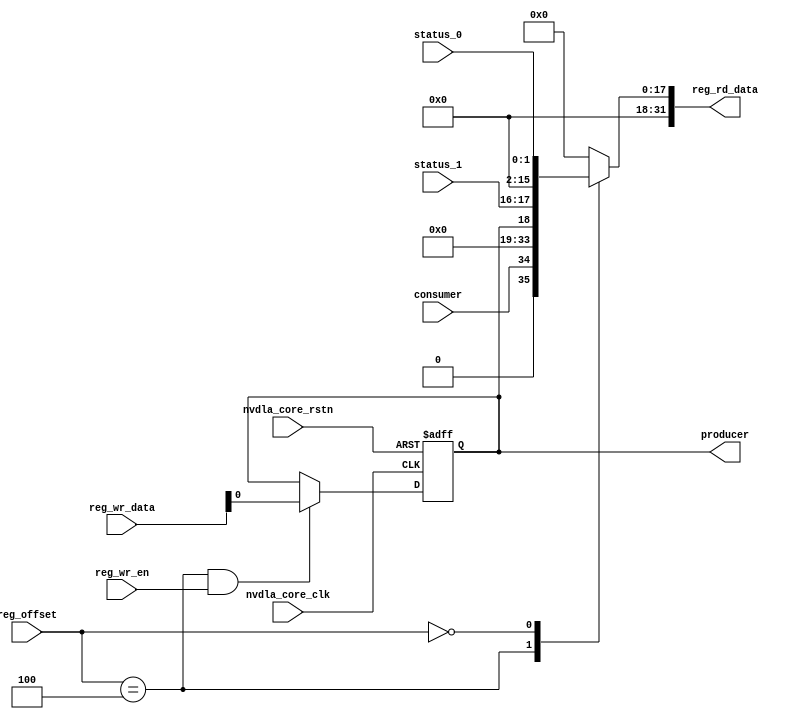
// This program was cloned from: https://github.com/TILOS-AI-Institute/MacroPlacement
// License: BSD 3-Clause "New" or "Revised" License

// ================================================================
// NVDLA Open Source Project
//
// Copyright(c) 2016 - 2017 NVIDIA Corporation. Licensed under the
// NVDLA Open Hardware License; Check "LICENSE" which comes with
// this distribution for more information.
// ================================================================
module NV_NVDLA_RUBIK_single_reg (
   reg_rd_data
  ,reg_offset
// verilint 498 off
// leda UNUSED_DEC off
  ,reg_wr_data
// verilint 498 on
// leda UNUSED_DEC on
  ,reg_wr_en
  ,nvdla_core_clk
  ,nvdla_core_rstn
  ,producer
  ,consumer
  ,status_0
  ,status_1
  );
wire [31:0] nvdla_rbk_s_pointer_0_out;
wire [31:0] nvdla_rbk_s_status_0_out;
wire [11:0] reg_offset_rd_int;
wire [31:0] reg_offset_wr;
// Register control interface
output [31:0] reg_rd_data;
input [11:0] reg_offset;
input [31:0] reg_wr_data; //(UNUSED_DEC)
input reg_wr_en;
input nvdla_core_clk;
input nvdla_core_rstn;
// Writable register flop/trigger outputs
output producer;
// Read-only register inputs
input consumer;
input [1:0] status_0;
input [1:0] status_1;
// wr_mask register inputs
// rstn register inputs
// leda FM_2_23 off
reg arreggen_abort_on_invalid_wr;
reg arreggen_abort_on_rowr;
reg arreggen_dump;
// leda FM_2_23 on
reg producer;
reg [31:0] reg_rd_data;
assign reg_offset_wr = {20'b0 , reg_offset};
// SCR signals
// Address decode
wire nvdla_rbk_s_pointer_0_wren = (reg_offset_wr == (32'h10004 & 32'h00000fff)) & reg_wr_en ; //spyglass disable UnloadedNet-ML //(W528)
wire nvdla_rbk_s_status_0_wren = (reg_offset_wr == (32'h10000 & 32'h00000fff)) & reg_wr_en ; //spyglass disable UnloadedNet-ML //(W528)
assign nvdla_rbk_s_pointer_0_out[31:0] = { 15'b0, consumer, 15'b0, producer };
assign nvdla_rbk_s_status_0_out[31:0] = { 14'b0, status_1, 14'b0, status_0 };
assign reg_offset_rd_int = reg_offset;
// Output mux
//spyglass disable_block W338, W263
always @(
  reg_offset_rd_int
  or nvdla_rbk_s_pointer_0_out
  or nvdla_rbk_s_status_0_out
  ) begin
  case (reg_offset_rd_int)
     (32'h10004 & 32'h00000fff): begin
                            reg_rd_data = nvdla_rbk_s_pointer_0_out ;
                            end
     (32'h10000 & 32'h00000fff): begin
                            reg_rd_data = nvdla_rbk_s_status_0_out ;
                            end
    default: reg_rd_data = {32{1'b0}};
  endcase
end
//spyglass enable_block W338, W263
// spyglass disable_block STARC-2.10.1.6, NoConstWithXZ, W443
// Register flop declarations
always @(posedge nvdla_core_clk or negedge nvdla_core_rstn) begin
  if (!nvdla_core_rstn) begin
    producer <= 1'b0;
  end else begin
// Not generating flops for read-only field NVDLA_RBK_S_POINTER_0::consumer
// Register: NVDLA_RBK_S_POINTER_0 Field: producer
  if (nvdla_rbk_s_pointer_0_wren) begin
    producer <= reg_wr_data[0];
  end
// Not generating flops for read-only field NVDLA_RBK_S_STATUS_0::status_0
// Not generating flops for read-only field NVDLA_RBK_S_STATUS_0::status_1
  end
end
// spyglass enable_block STARC-2.10.1.6, NoConstWithXZ, W443
// synopsys translate_off
// VCS coverage off
initial begin
  arreggen_dump = $test$plusargs("arreggen_dump_wr");
  arreggen_abort_on_rowr = $test$plusargs("arreggen_abort_on_rowr");
  arreggen_abort_on_invalid_wr = $test$plusargs("arreggen_abort_on_invalid_wr");
`ifdef VERILATOR
`else
  $timeformat(-9, 2, "ns", 15);
`endif
end
always @(posedge nvdla_core_clk) begin
  if (reg_wr_en) begin
    case(reg_offset)
      (32'h10004 & 32'h00000fff): if (arreggen_dump) $display("%t:%m: reg wr: NVDLA_RBK_S_POINTER_0 = 0x%h (old value: 0x%h, 0x%b))", $time, reg_wr_data, nvdla_rbk_s_pointer_0_out, nvdla_rbk_s_pointer_0_out);
      (32'h10000 & 32'h00000fff): begin
          if (arreggen_dump) $display("%t:%m: read-only reg wr: NVDLA_RBK_S_STATUS_0 = 0x%h", $time, reg_wr_data);
          if (arreggen_abort_on_rowr) begin $display("ERROR: write to read-only register!"); $finish; end
        end
      default: begin
          if (arreggen_dump) $display("%t:%m: reg wr: Unknown register (0x%h) = 0x%h", $time, reg_offset, reg_wr_data);
          if (arreggen_abort_on_invalid_wr) begin $display("ERROR: write to undefined register!"); $finish; end
        end
    endcase
  end
end
// VCS coverage on
// synopsys translate_on
endmodule // NV_NVDLA_RUBIK_single_reg